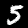
Digit: 5